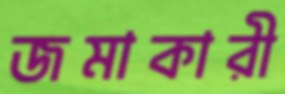
জমাকারী